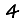
Digit: 4